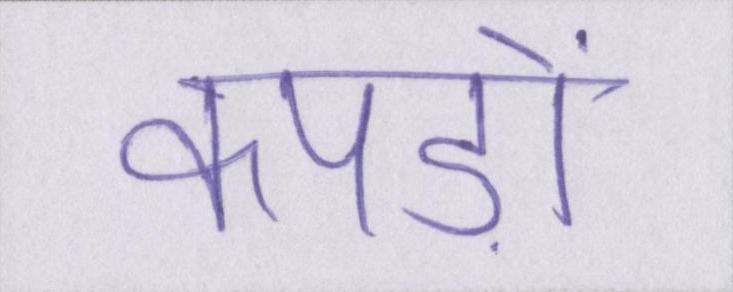
कपड़ों